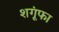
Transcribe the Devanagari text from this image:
शगूंफा